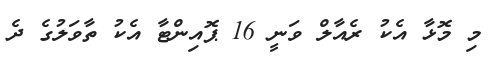
މި މޮޅާ އެކު ރެއާލް ވަނީ 16 ޕޮއިންޓާ އެކު ތާވަލުގެ ދެ